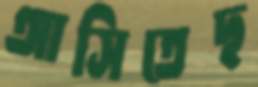
আসিতেছ